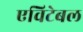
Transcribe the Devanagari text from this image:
एविटेबल